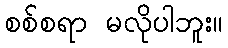
စစ်စရာ မလိုပါဘူး။